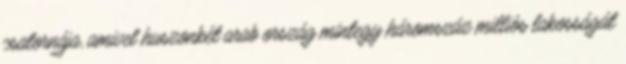
csatornája, amivel huszonkét arab ország mintegy háromszáz milliós lakosságát